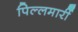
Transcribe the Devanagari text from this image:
पिल्‍लमार्री